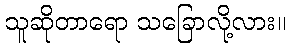
သူဆိုတာရော သခြောလို့လား။